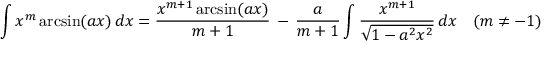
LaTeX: \int x ^ { m } \arcsin ( a x ) \, d x = { \frac { x ^ { m + 1 } \arcsin ( a x ) } { m + 1 } } \, - \, { \frac { a } { m + 1 } } \int { \frac { x ^ { m + 1 } } { \sqrt { 1 - a ^ { 2 } x ^ { 2 } } } } \, d x \quad ( m \neq - 1 )